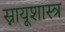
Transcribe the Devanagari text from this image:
स्नायूशास्त्र